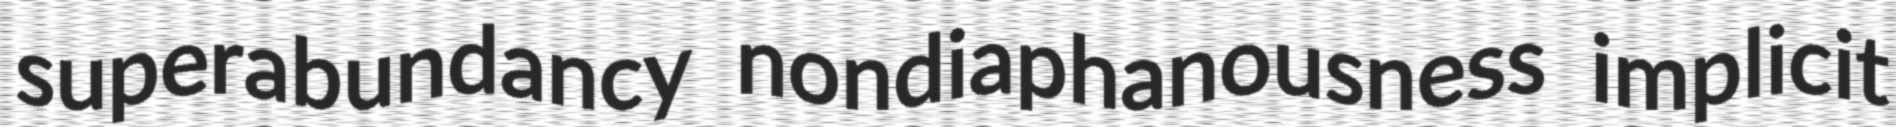
superabundancy nondiaphanousness implicit